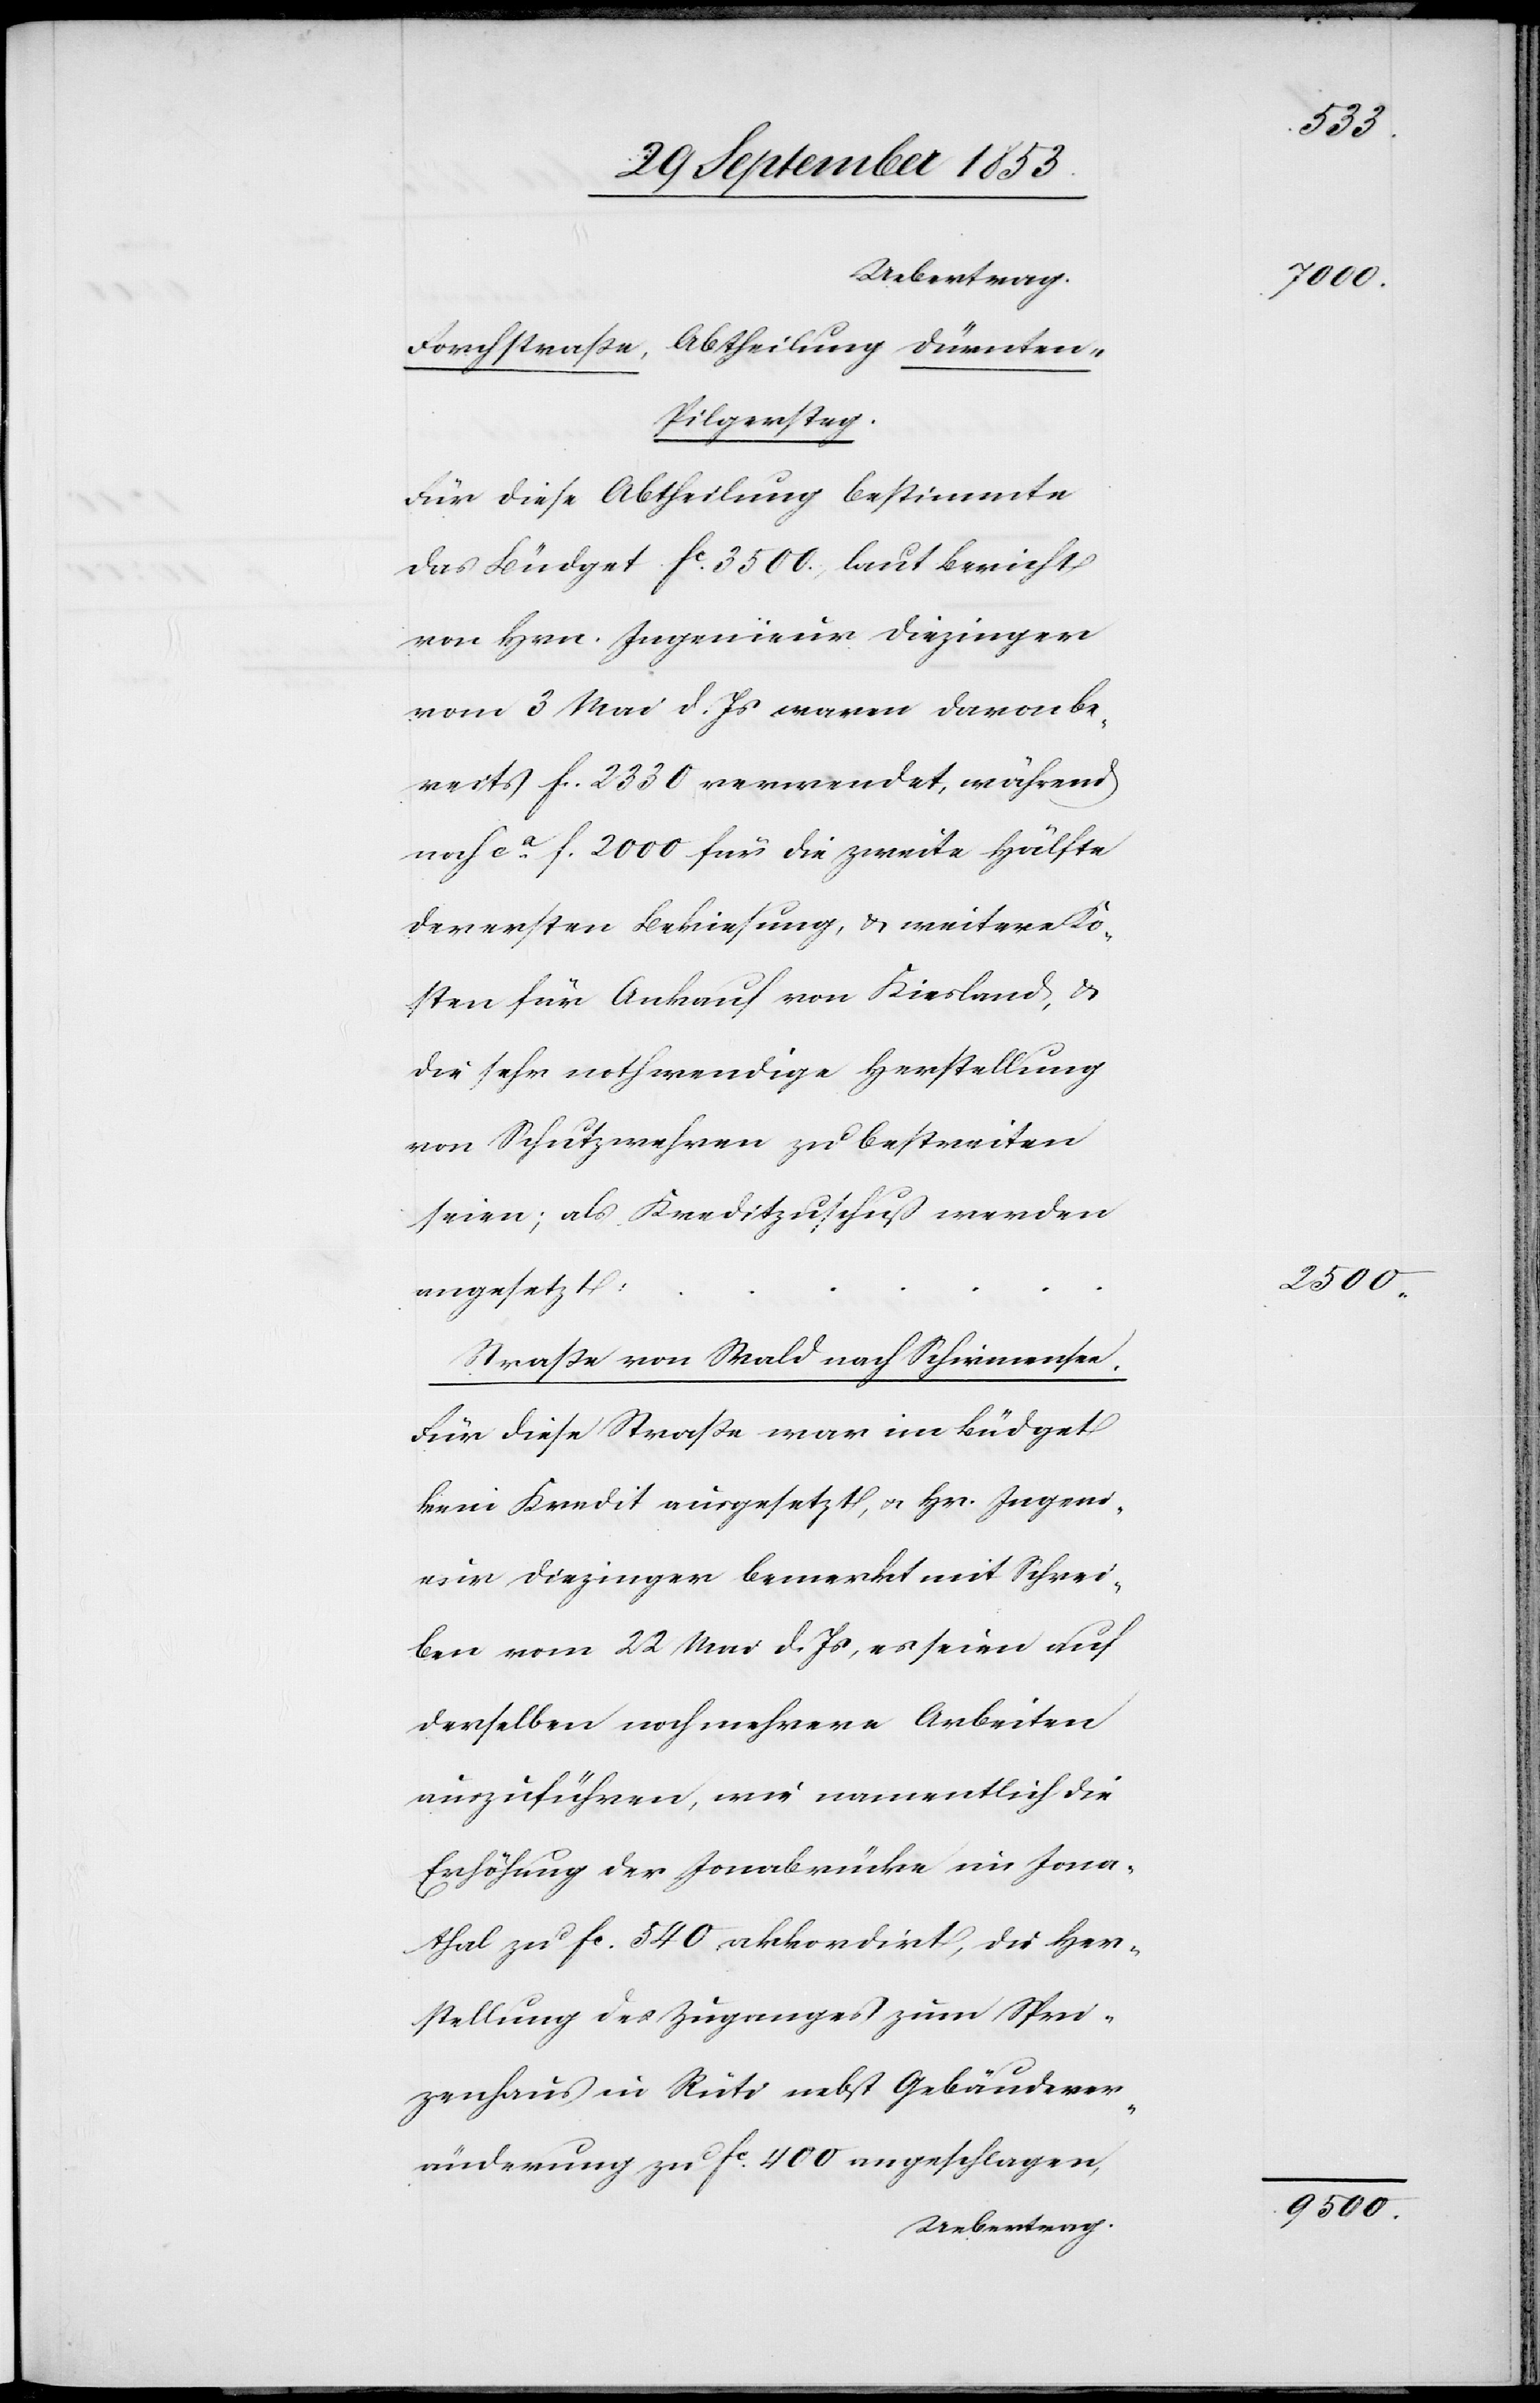
Forchstraße, Abtheilung, Dürnte¬
n-Pilgerstag.
Für diese Abtheilung bestimmte
das Büdget fc 3500., laut Bericht
von Hrn. Ingenieur Diezinger
vom 3 Mai d. Js. waren davon be¬
reits f. 2330 verwendet, während
noch ca f. 2000 für die zweite Hälfte
der ersten Bekiesung, u. weitere Ko¬
sten für Ankauf von Kiesland, u.
die sehr nothwendige Herstellung
von Schutzwehren zu bestreiten
seien; als Kreditzuschuß werden
angesetzt
Straße von Wald nach Schirmensee
Für diese Straße war im Büdget
kein Kredit ausgesetzt, u. Hr. Ingeni¬
eur Diezinger bemerkt mit Schrei¬
ben vom 22 Mai d. Js., es seien auf
derselben noch mehrere Arbeiten
auszuführen, wie namentlich die
Erhöhung der Jonabrücke im Jona¬
thal zu fc 540 akkordirt, die Her¬
stellung des Zuganges zum Spen¬
zenhaus in Rüti nebst Gebäudever¬
änderung zu fc 400 angeschlagenen,
Uebertrag

2tr
2500.
9500.